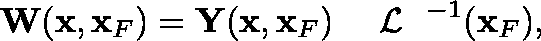
\begin{array} { r } { { \bf W } ( { \bf x } , { \bf x } _ { F } ) = { \bf Y } ( { \bf x } , { \bf x } _ { F } ) { { { { \mathrm { ~ \boldmath ~ { ~ \cal ~ L ~ } ~ } } } } } ^ { - 1 } ( { \bf x } _ { F } ) , } \end{array}